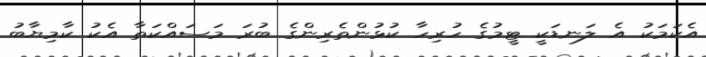
އެކަމަކު އެ ލަނޑަކީ ޓީމުގެ ހުރިހާ ކުޅުންތެރިންގެ ބުރަ މަސައްކަތާ އެކު ކާމިޔާބު